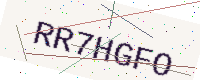
Text: RR7HGFO